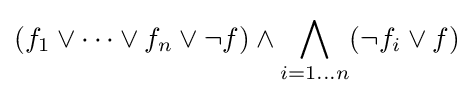
(f_{1}\lor \dots \lor f_{n}\lor \lnot f)\land \bigwedge _{i=1\dots n}(\lnot f_{i}\lor f)